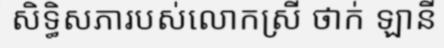
សិទ្ធិសភារបស់លោកស្រី ថាក់ ឡានី